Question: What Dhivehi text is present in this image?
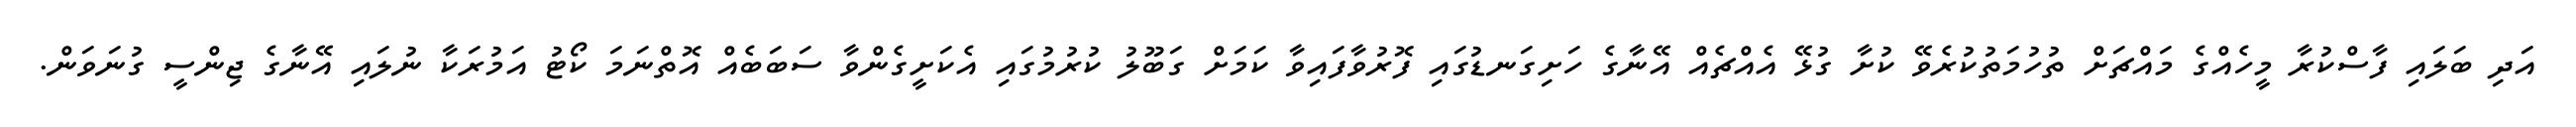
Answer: އަދި ބަލައި ފާސްކުރާ މީހެއްގެ މައްޗަށް ތުހުމަތުކުރެވޭ ކުށާ ގުޅޭ އެއްޗެއް އޭނާގެ ހަށިގަނޑުގައި ފޮރުވާފައިވާ ކަމަށް ގަބޫލު ކުރުމުގައި އެކަށީގެންވާ ސަބަބެއް އޮތްނަމަ ކޯޓު އަމުރަކާ ނުލައި އޭނާގެ ޖިންސީ ގުނަވަން.